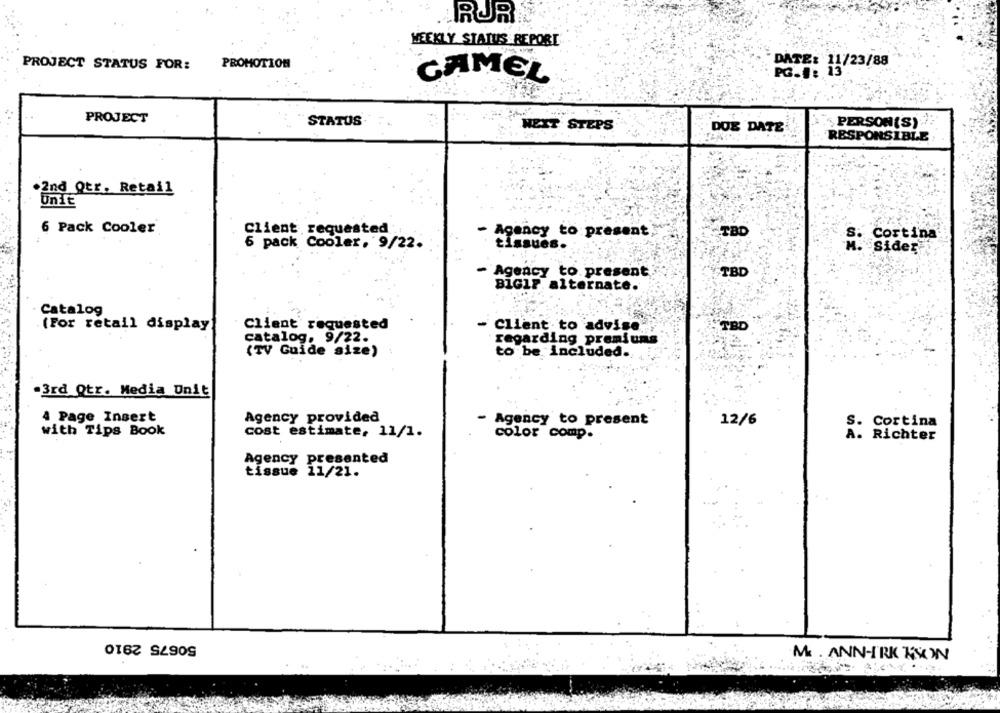
RURA
WEEKLY STATUS REPORT
DATE: 11/23/88
PROJECT STATUS FOR:
PROMOTION
CAMEL
PG.1: 15
PROJECT
STATUS-
NEXT STEPS
DUE DATE
" PERSON(S)
RESPONSIBLE
2nd Qtr. Retail
UnTE
6 Pack Cooler
Client requested
Agency to present
TBD
S.
Cortina
6 pack Cooler, 9/22.
tissues.
Sider-
- Agency to present,
TBD
BIGIF. alternate.
Catalog
(For retail display
Client requested
- Client to advise
TBD
catalog, 9/22.
regarding premiums
(TV Guide size)
to be included.
3rd Qtr. Media Unit
4 Page Insert
Agency provided
- Agency to present
12/6
S. Cortina
with Tips Book
cost estimate, 11/1.
color comp.
A. Richter
Agency presented
tissue 11/21.
50675 2910
M. . ANN-IRK KSOON